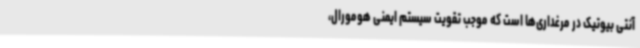
آنتی بیوتیک در مرغداری‌ها است که موجب تقویت سیستم ایمنی هومورال،